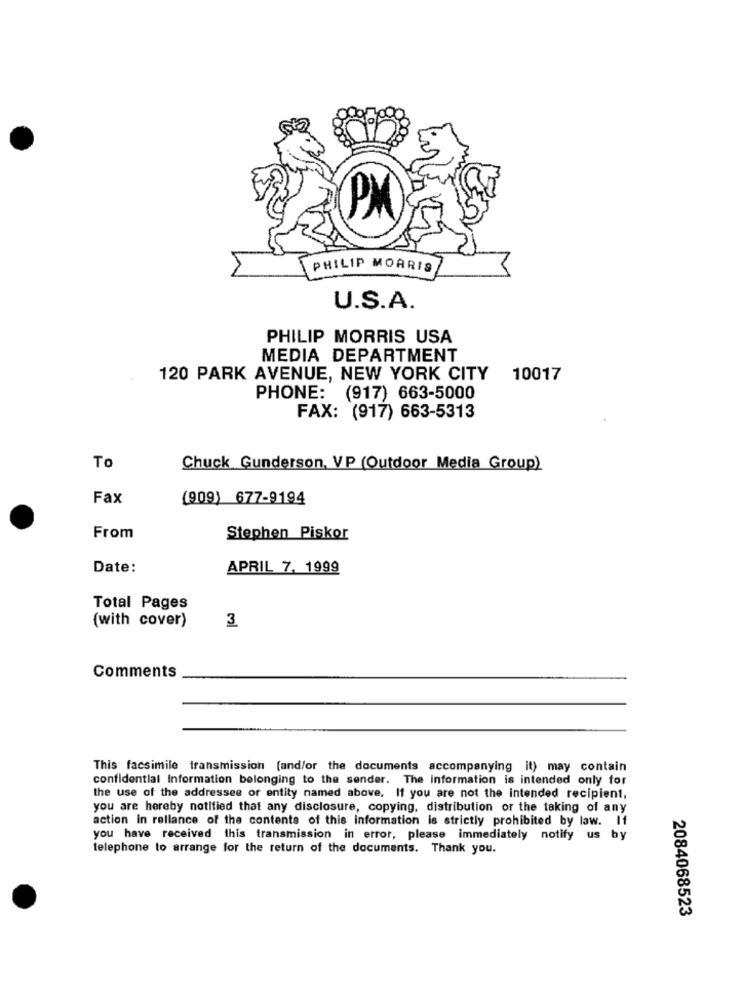
PM
PHILIP MORRIS
U.S.A.
PHILIP MORRIS USA
MEDIA DEPARTMENT
120 PARK AVENUE, NEW YORK CITY
10017
PHONE: (917) 663-5000
FAX: (917) 663-5313
To
Chuck Gunderson, VP (Outdoor Media Group)
Fax
(909) 677-9194
From
Stephen Piskor
Date:
APRIL 7, 1999
Total Pages
(with cover)
3
Comments
This facsimile transmission (and/or the documents accompanying it) may contain
confidential Information belonging to the sender. The information is intended only for
the use of the addressee or entity named above. If you are not the intended recipient,
you are hereby notified that any disclosure, copying, distribution or the taking of any
action in reliance of the contents of this information is strictly prohibited by law. If
you have received this transmission in error, please immediately notify us by
telephone to arrange for the return of the documents. Thank you.
2084068523